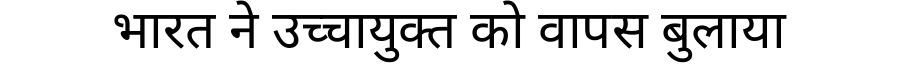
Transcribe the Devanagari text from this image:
भारत ने उच्चायुक्त को वापस बुलाया